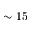
\sim 1 5